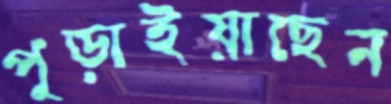
পুড়াইয়াছেন